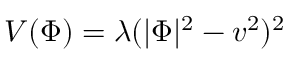
V ( \Phi ) = \lambda ( | \Phi | ^ { 2 } - v ^ { 2 } ) ^ { 2 }